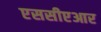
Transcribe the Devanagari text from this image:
एससीएआर